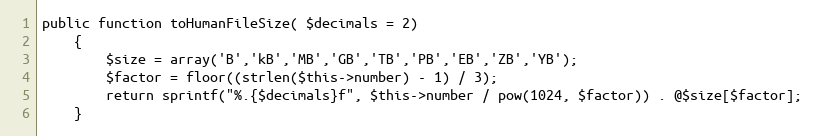
Language: PHP
public function toHumanFileSize( $decimals = 2)
	{
		$size = array('B','kB','MB','GB','TB','PB','EB','ZB','YB');
        $factor = floor((strlen($this->number) - 1) / 3);
        return sprintf("%.{$decimals}f", $this->number / pow(1024, $factor)) . @$size[$factor];
	}